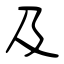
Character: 及